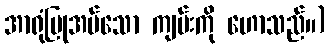
အာရုံပြုအပ်သော ကျမ်းကို ဟောသည်။)